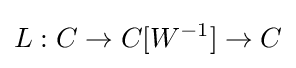
L:C\to C[W^{-1}]\to C